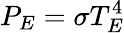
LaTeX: P_{E}=\sigma T_{E}^{4}